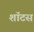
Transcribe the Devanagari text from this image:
शॉटस